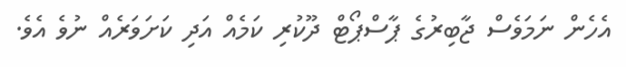
އެހެން ނަމަވެސް ޖާބިރުގެ ޕާސްޕޯޓް ދޫކުރި ކަމެއް އަދި ކަށަވަރެއް ނުވެ އެވެ.